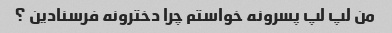
من لپ لپ پسرونه خواستم چرا دخترونه فرسنادین ؟